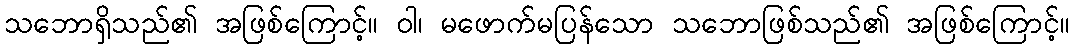
သဘောရှိသည်၏ အဖြစ်ကြောင့်။ ဝါ၊ မဖောက်မပြန်သော သဘောဖြစ်သည်၏ အဖြစ်ကြောင့်။